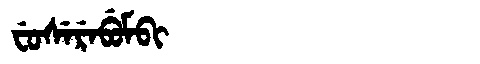
Manchu: ᠸᡠᠰᡝᡵᡝᠪᡠᠮᠪᡳ
Romanization: FUSEREBUMBI